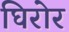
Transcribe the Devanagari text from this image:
घिरोर